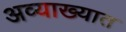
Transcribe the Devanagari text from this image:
अव्याख्यात